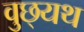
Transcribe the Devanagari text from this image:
वुछ्यथ